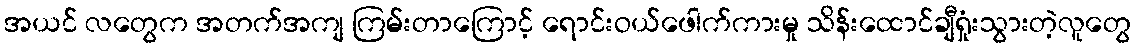
အယင် လတွေက အတက်အကျ ကြမ်းတာကြောင့် ရောင်းဝယ်ဖေါက်ကားမှု သိန်းထောင်ချီရှုံးသွားတဲ့လူတွေ